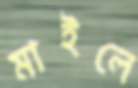
মাইলে